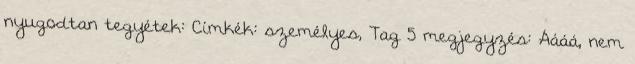
nyugodtan tegyétek: Címkék: személyes, Tag 5 megjegyzés: Áááá, nem